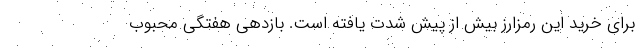
برای خرید این رمزارز بیش از پیش شدت یافته است. بازدهی هفتگی محبوب